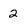
Character: 2